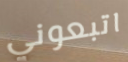
اتبعوني